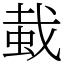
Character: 蛓